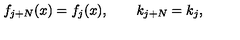
f _ { j + N } ( x ) = f _ { j } ( x ) , \qquad k _ { j + N } = k _ { j } ,